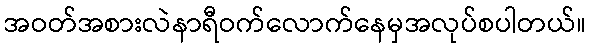
အဝတ်အစားလဲနာရီဝက်လောက်နေမှအလုပ်စပါတယ်။